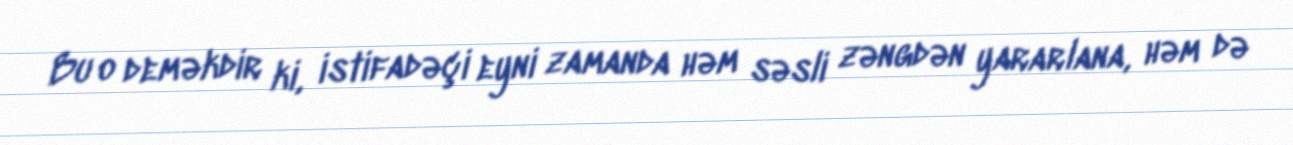
Bu o deməkdir ki, istifadəçi eyni zamanda həm səsli zəngdən yararlana, həm də